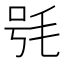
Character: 𣭖